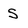
Character: S